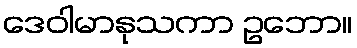
ဒေဝါမာနုသကာ ဥဘော။